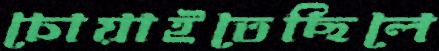
চোয়াইতেছিলে